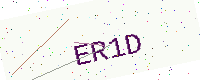
Text: ER1D